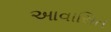
આવાસિત